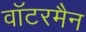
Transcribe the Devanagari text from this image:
वॉटरमैन